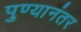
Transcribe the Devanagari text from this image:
पुण्यानंतर